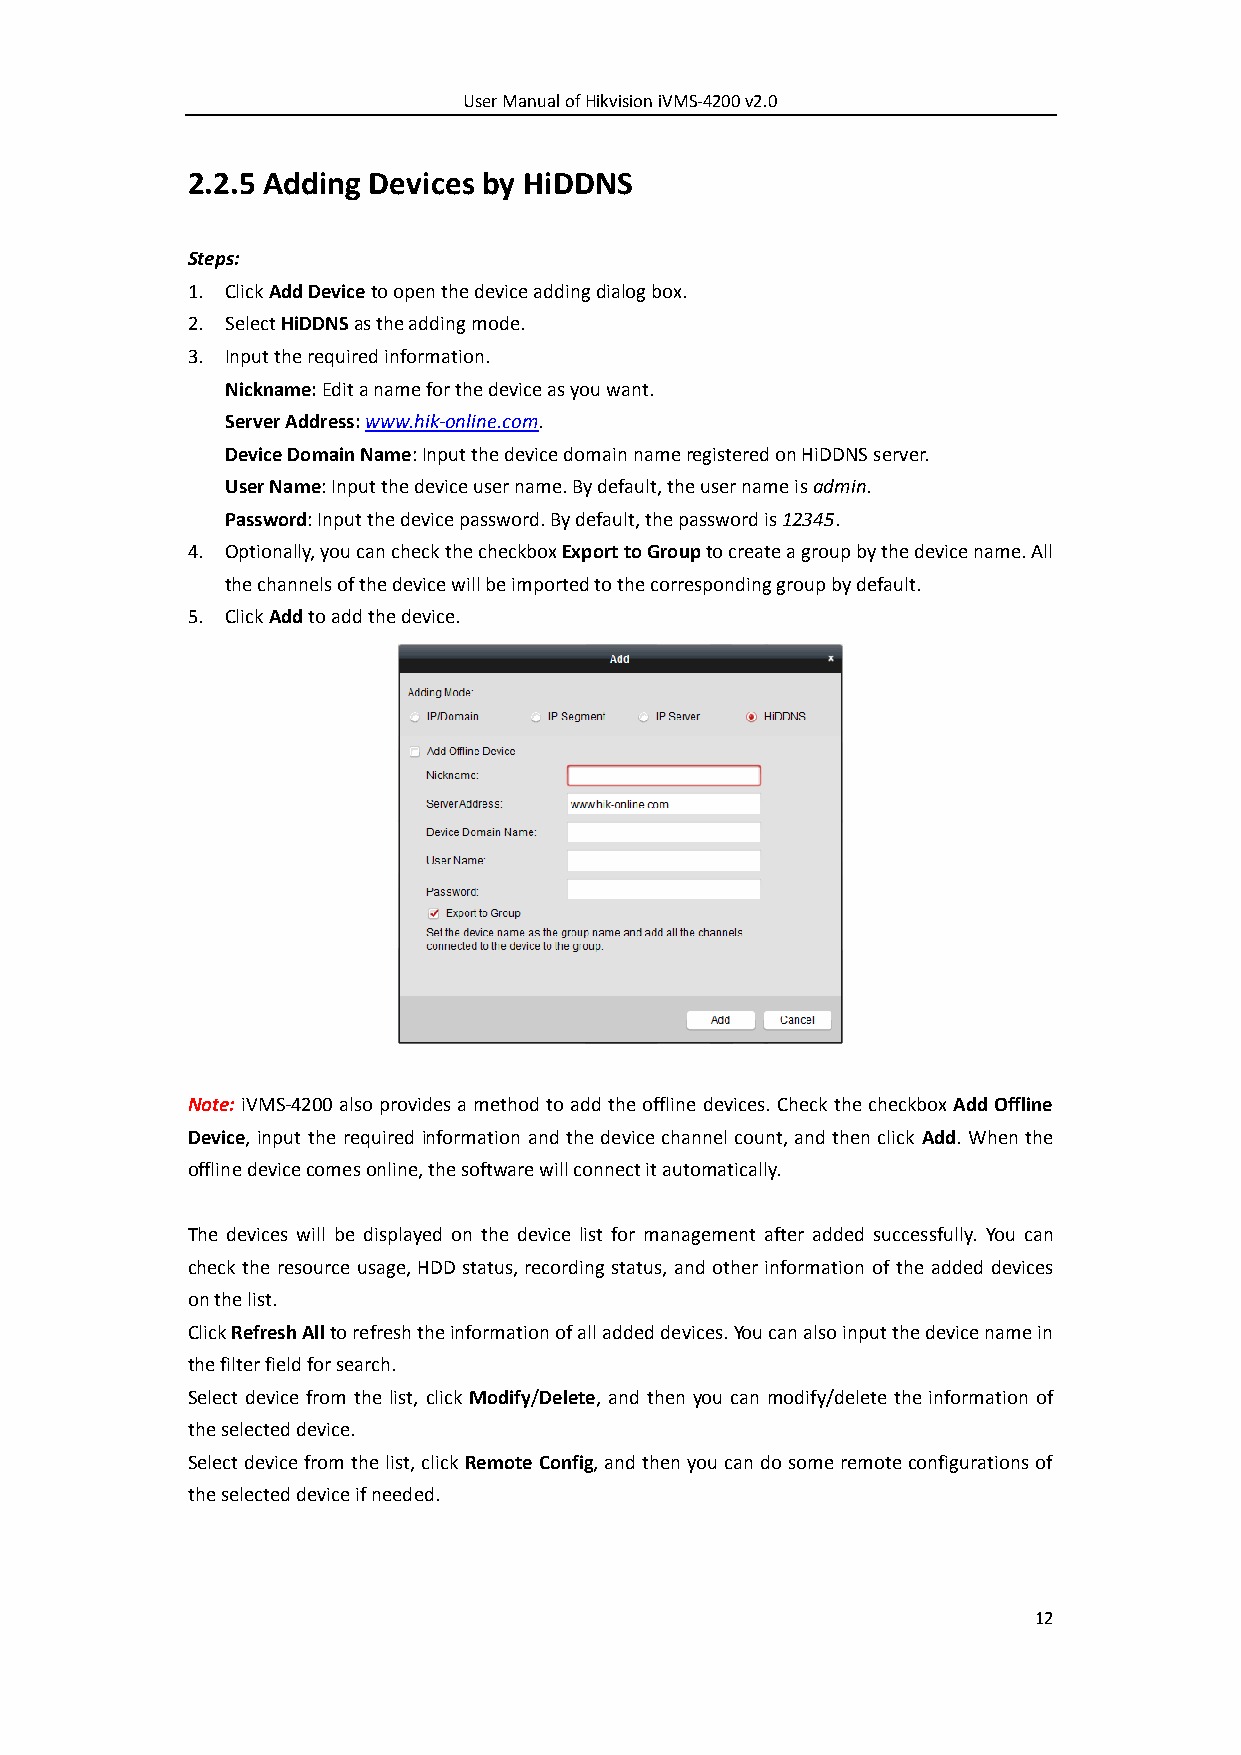
User Manual of Hikvision iVMS-4200 v2.0
 2.2.5 Adding Devices by HiDDNS
 Steps:
 1. Click Add Device to open the device adding dialog box.
 2. Select HiDDNS as the adding mode.
 3. Input the required information.
 Nickname: Edit a name for the device as you want.
 Server Address: www.hik-online.com.
 Device Domain Name: Input the device domain name registered on HiDDNS server.
 User Name: Input the device user name. By default, the user name is admin.
 Password: Input the device password. By default, the password is 12345.
 4. Optionally, you can check the checkbox Export to Group to create a group by the device name. All
 the channels of the device will be imported to the corresponding group by default.
 5. Click Add to add the device.
 Note: iVMS-4200 also provides a method to add the offline devices. Check the checkbox Add Offline
 Device, input the required information and the device channel count, and then click Add. When the
 offline device comes online, the software will connect it automatically.
 The devices will be displayed on the device list for management after added successfully. You can
 check the resource usage, HDD status, recording status, and other information of the added devices
 on the list.
 Click Refresh All to refresh the information of all added devices. You can also input the device name in
 the filter field for search.
 Select device from the list, click Modify/Delete, and then you can modify/delete the information of
 the selected device.
 Select device from the list, click Remote Config, and then you can do some remote configurations of
 the selected device if needed.
 12